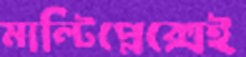
মাল্টিপ্লেক্সেই